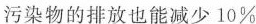
污染物的排放也能减少10\%